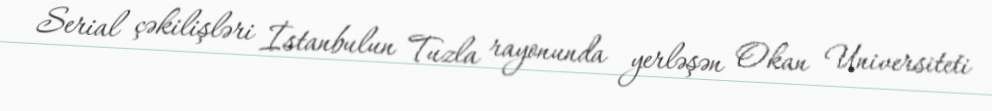
Serial çəkilişləri İstanbulun Tuzla rayonunda yerləşən Okan Universiteti